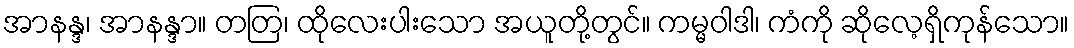
အာနန္ဒ၊ အာနန္ဒာ။ တတြ၊ ထိုလေးပါးသော အယူတို့တွင်။ ကမ္မဝါဒါ၊ ကံကို ဆိုလေ့ရှိကုန်သော။